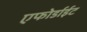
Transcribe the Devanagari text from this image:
एफोर्डाईट